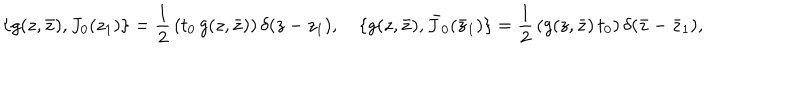
LaTeX: \{ g ( z , \bar { z } ) , J _ { 0 } ( z _ { 1 } ) \} = \frac { 1 } { 2 } \, ( t _ { 0 } \, g ( z , \bar { z } ) ) \, \delta ( z - z _ { 1 } ) , ~ \{ g ( z , \bar { z } ) , \bar { J } _ { 0 } ( \bar { z } _ { 1 } ) \} = \frac { 1 } { 2 } \, ( g ( z , \bar { z } ) \, t _ { 0 } ) \, \delta ( \bar { z } - \bar { z } _ { 1 } ) ,